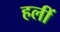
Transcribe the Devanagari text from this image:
हलीं